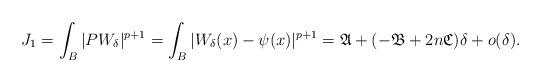
LaTeX: \begin{align*}J_1=\int_{{B}}|PW_\delta|^{p+1}=\int_{{B}}|W_{\delta}(x)-\psi(x)|^{p+1}=\mathfrak{A}+(-\mathfrak{B}+2n \mathfrak{C})\delta+o(\delta).\end{align*}